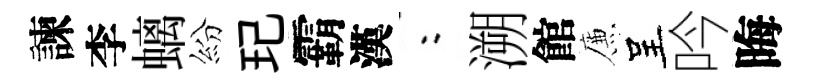
諫李螭紛玘霸漢欸溯館簾呈吟晦